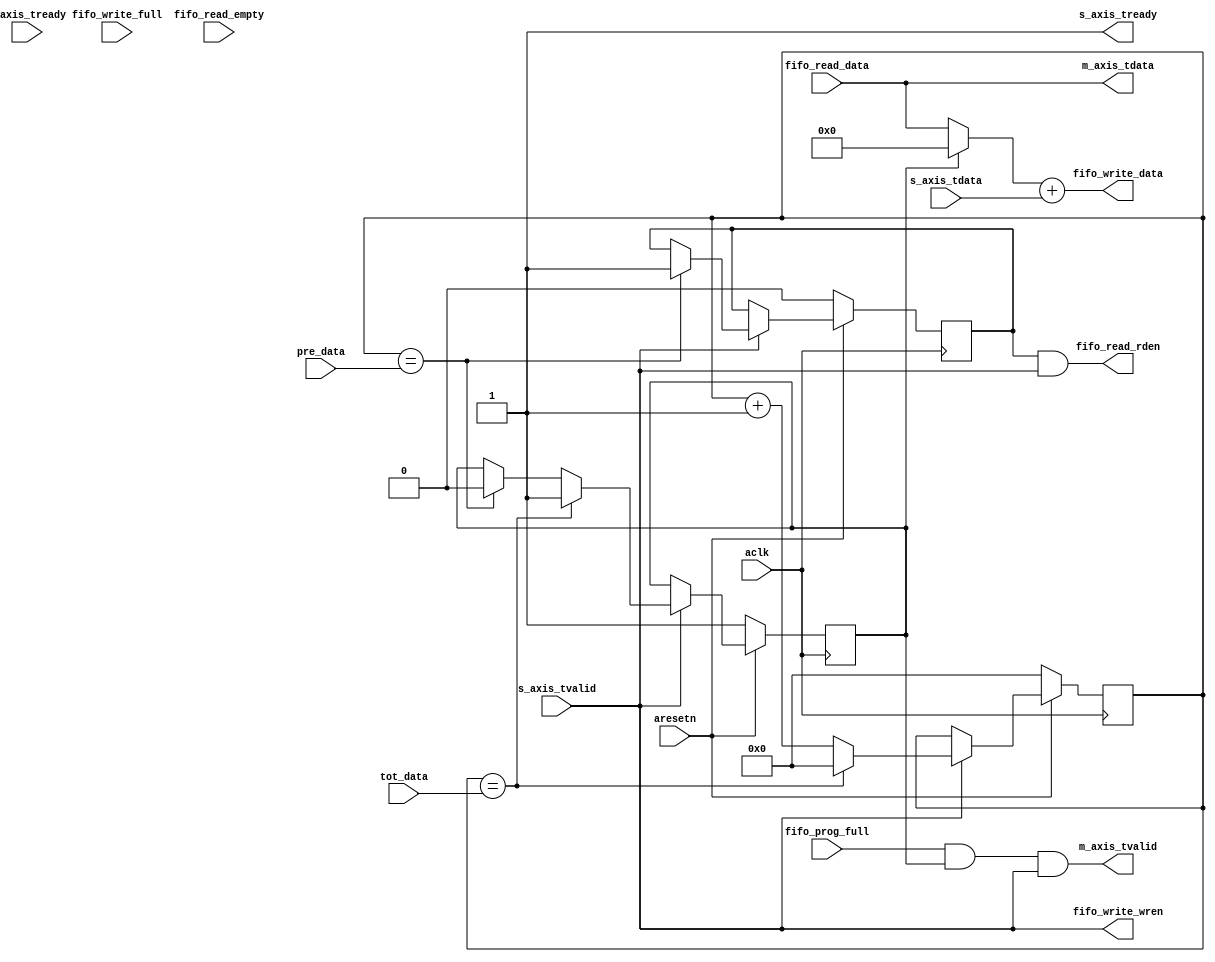
module axis_averager_2 #
(
  parameter integer AXIS_TDATA_WIDTH = 32,
  parameter integer CNTR_WIDTH = 16,
  parameter AXIS_TDATA_SIGNED = "FALSE"
)
(
  input  wire                        aclk,
  input  wire                        aresetn,
  input  wire [CNTR_WIDTH-1:0]       pre_data,
  input  wire [CNTR_WIDTH-1:0]       tot_data,
  output wire                        s_axis_tready,
  input  wire [AXIS_TDATA_WIDTH-1:0] s_axis_tdata,
  input  wire                        s_axis_tvalid,
  input  wire                        m_axis_tready,
  output wire [AXIS_TDATA_WIDTH-1:0] m_axis_tdata,
  output wire                        m_axis_tvalid,
  input  wire                        fifo_prog_full,
  input  wire                        fifo_write_full,
  output wire [AXIS_TDATA_WIDTH-1:0] fifo_write_data,
  output wire                        fifo_write_wren,
  input  wire                        fifo_read_empty,
  input  wire [AXIS_TDATA_WIDTH-1:0] fifo_read_data,
  output wire                        fifo_read_rden
);
  reg [CNTR_WIDTH-1:0] int_cntr_reg, int_cntr_next;
  reg int_rden_reg, int_rden_next;
  reg int_tvalid_reg, int_tvalid_next;
  wire [AXIS_TDATA_WIDTH-1:0] int_data_wire, sum_data_wire;
  always @(posedge aclk)
  begin
    if(~aresetn)
    begin
      int_cntr_reg <= {(CNTR_WIDTH){1'b0}};
      int_rden_reg <= 1'b0;
      int_tvalid_reg <= 1'b1;
    end
    else
    begin
      int_cntr_reg <= int_cntr_next;
      int_rden_reg <= int_rden_next;
      int_tvalid_reg <= int_tvalid_next;
    end
  end
  always @*
  begin
    int_cntr_next = int_cntr_reg;
    int_rden_next = int_rden_reg;
    int_tvalid_next = int_tvalid_reg;
    if(s_axis_tvalid)
    begin
      int_cntr_next = int_cntr_reg + 1'b1;
      if(int_cntr_reg == pre_data)
      begin
        int_rden_next = 1'b1;
        int_tvalid_next = 1'b0;
      end
      if(int_cntr_reg == tot_data)
      begin
        int_cntr_next = {(CNTR_WIDTH){1'b0}};
        int_tvalid_next = 1'b1;
      end
    end
  end
  assign int_data_wire = int_tvalid_reg ? {(AXIS_TDATA_WIDTH){1'b0}} : fifo_read_data;
  generate
    if(AXIS_TDATA_SIGNED == "TRUE")
    begin : SIGNED
      assign sum_data_wire = $signed(int_data_wire) + $signed(s_axis_tdata);
    end
    else
    begin : UNSIGNED
      assign sum_data_wire = int_data_wire + s_axis_tdata;
    end
  endgenerate
  assign s_axis_tready = 1'b1;
  assign m_axis_tdata = fifo_read_data;
  assign m_axis_tvalid = fifo_prog_full & int_tvalid_reg & s_axis_tvalid;
  assign fifo_read_rden = int_rden_reg & s_axis_tvalid;
  assign fifo_write_data = sum_data_wire;
  assign fifo_write_wren = s_axis_tvalid;
endmodule